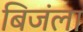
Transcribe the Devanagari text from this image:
बिजंला